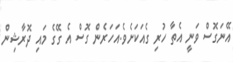
އޭނަގޮސް ވަނީ އެތާ ހުރި ގެއަކަށެވެ.އަހަރެން ގޮސް އެ ގޭގެ މައި ދޮރާޝިން